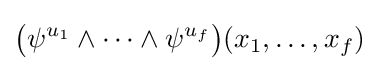
{\big (}\psi ^{u_{1}}\wedge \cdots \wedge \psi ^{u_{f}}{\big )}(x_{1},\ldots ,x_{f})